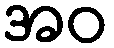
အဝ